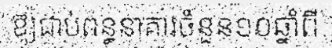
ឱ្យជាប់ពន្ធនាគារចំនួន១០ឆ្នាំពី